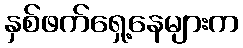
နှစ်ဖက်ရှေ့နေများက